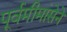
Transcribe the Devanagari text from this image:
पूर्वमीमांसेने